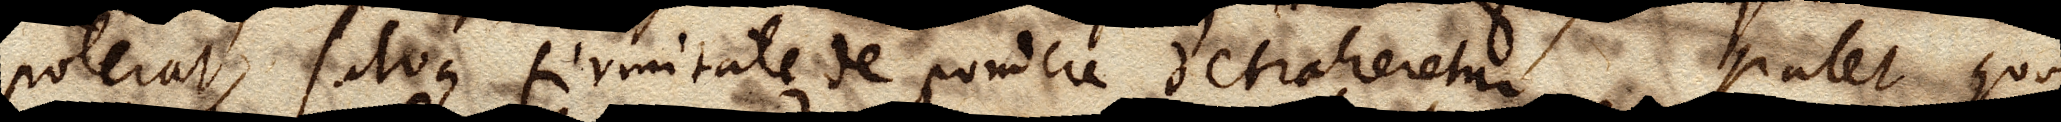
poterat, salva firmitate de pondere detraheretur. Patet quoque